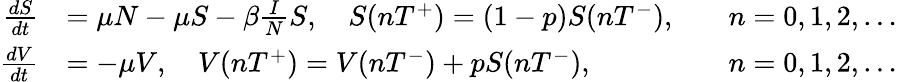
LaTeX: {\begin{array}{rlrl}{{\frac{dS}{dt}}}&{=\mu N-\mu S-\beta{\frac{I}{N}}S,\quad S(nT^{+})=(1-p)S(nT^{-}),}&&{n=0,1,2,\ldots}\\ {{\frac{dV}{dt}}}&{=-\mu V,\quad V(nT^{+})=V(nT^{-})+pS(nT^{-}),}&&{n=0,1,2,\ldots}\end{array}}